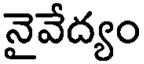
నైవేద్యం